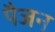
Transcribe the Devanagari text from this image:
पैजन